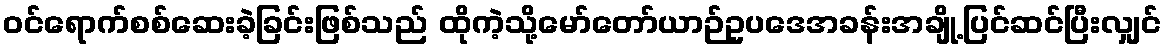
ဝင်ရောက်စစ်ဆေးခဲ့ခြင်းဖြစ်သည် ထိုကဲ့သို့မော်တော်ယာဉ်ဥပဒေအခန်းအချို့ပြင်ဆင်ပြီးလျှင်